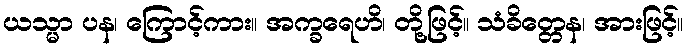
ယသ္မာ ပန၊ ကြောင့်ကား။ အက္ခရေဟိ၊ တို့ဖြင့်။ သံခိတ္တေန၊ အားဖြင့်။